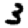
Digit: 3